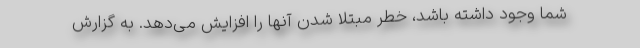
شما وجود داشته باشد، خطر مبتلا شدن آنها را افزایش می‌دهد. به گزارش